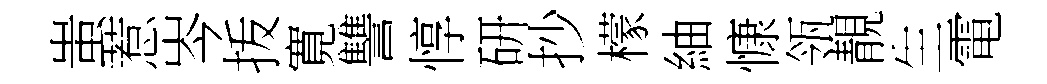
蚩惹岑㧞寛讐惇研抄檬紬慷瓴靚生電